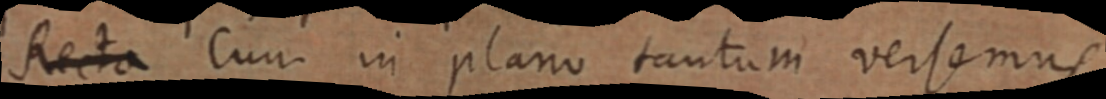
Recta Cum in plano tantum versemus